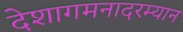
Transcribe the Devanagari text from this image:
देशागमनादरम्यान